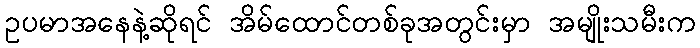
ဥပမာအနေနဲ့ဆိုရင် အိမ်ထောင်တစ်ခုအတွင်းမှာ အမျိုးသမီးက